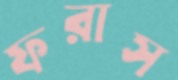
ফরাস